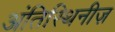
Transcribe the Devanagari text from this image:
अंतिस्थिनीज़